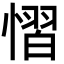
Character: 慴